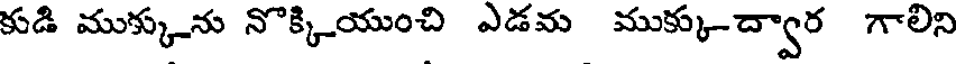
కుడి ముక్కును నొక్కియుంచి ఎడమ ముక్కు-ద్వార గాలిని